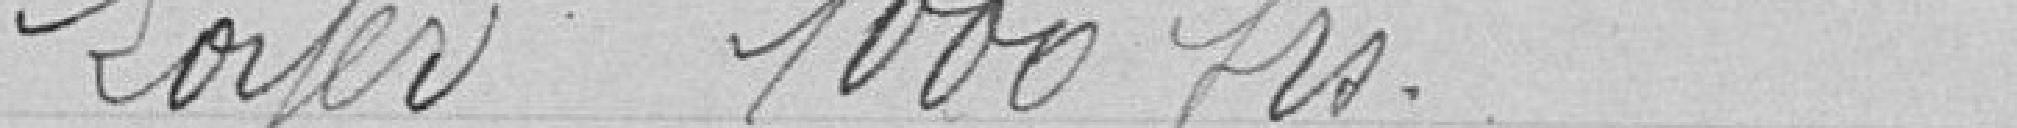
Loyer 1000 francs.